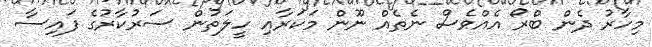
މިހާރު ދެން ބްރޯ އެއްވެސް ނެތެއް ނޫން މަކަރާއި ހީލަތުން ސަރުކާރުގެ ފައިސާ